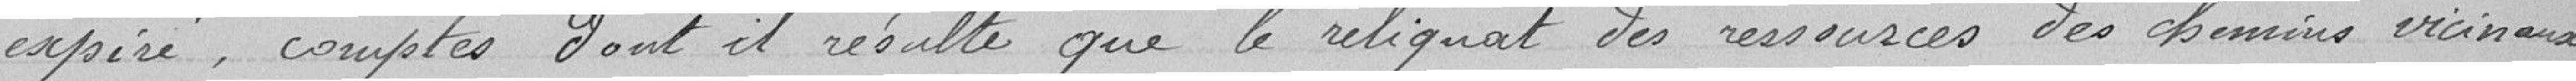
expiré, comptes dont il résulte que le reliquat des ressources des chemins vicinaux